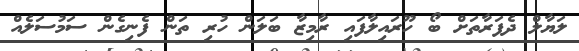
ލަޔާލް ދެފަރާތަށް ބޯ ހޫރައިލާފައި ރާމިޒާ ބަލަން ހުރި ތަން ފެނިގެން ސަމުސަލެއް